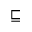
\sqsubseteq